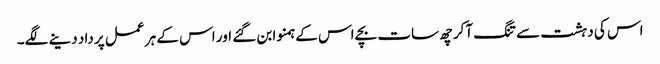
اس کی دہشت سے تنگ آکر چھ سات بچے اس کے ہمنوا بن گئے اور اس کے ہر عمل پر داد دینے لگے۔